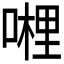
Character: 𭊂